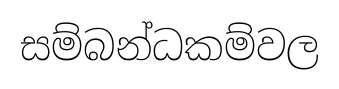
සම්බන්ධකම්වල